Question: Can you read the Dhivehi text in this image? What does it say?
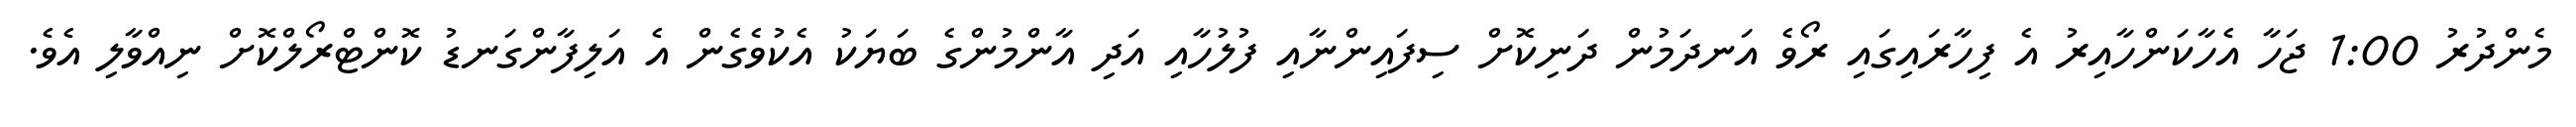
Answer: މެންދުރު 1:00 ޖަހާ އެހާކަންހާއިރު އެ ފިހާރައިގައި ރޯވެ އަނދަމުން ދަނިކޮށް ސިފައިންނާއި ފުލުހާއި އަދި އާންމުންގެ ބަޔަކު އެކުވެގެން އެ އަލިފާންގަނޑު ކޮންޓްރޯލްކޮށް ނިއްވާލި އެވެ.